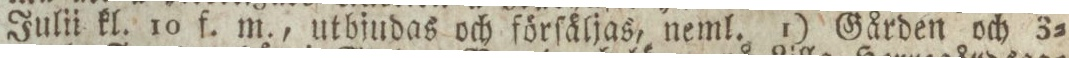
Julii kl. 10 f. m., utbjudas och förſäljas, neml. 1) Gården och 3=